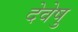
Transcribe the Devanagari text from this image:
देवेषु